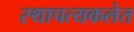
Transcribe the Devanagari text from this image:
स्थापत्यकलेत